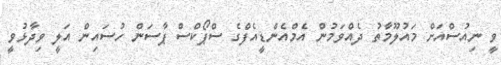
ވީ ނިއުސްއަށް މައުލޫމާތު ދެއްވަމުން އެމްއެންޑީއެފްގެ ސްޕޯކްސް ޕާސަން ހުސައިން އަލީ ވިދާޅުވީ